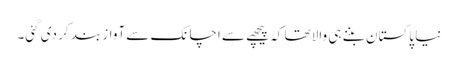
نیا پاکستان بننے ہی والا تھا کہ پیچھے سے اچانک سے آواز بند کر دی گئی۔